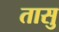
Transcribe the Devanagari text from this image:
तासु